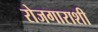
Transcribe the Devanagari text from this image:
रोजगाराशी